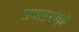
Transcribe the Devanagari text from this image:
उपाहरगृहे